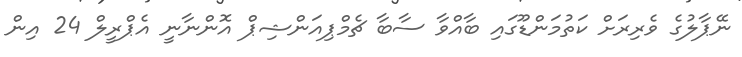
ނޭޕާލުގެ ވެރިރަށް ކަތުމަންޑޫގައި ބާއްވާ ސާބާ ޗެމްޕިއަންޝިޕް އޮންނާނީ އެޕްރީލް 24 އިން